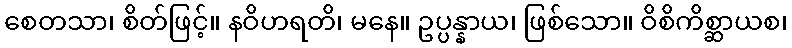
စေတသာ၊ စိတ်ဖြင့်။ နဝိဟရတိ၊ မနေ။ ဥပ္ပန္နာယ၊ ဖြစ်သော။ ဝိစိကိစ္ဆာယစ၊